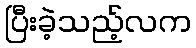
ပြီးခဲ့သည့်လက